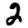
Digit: 2